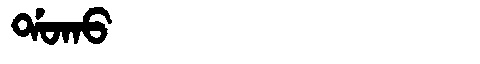
Manchu: ᡩᠣᡴᠣ
Romanization: DOKO